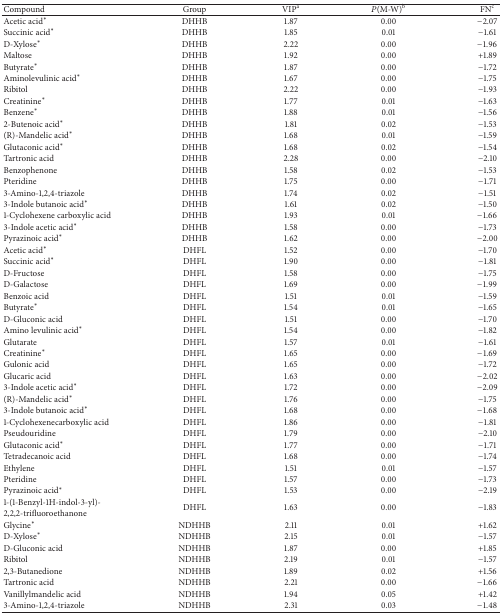
<table><thead><tr><td><b>Compound</b></td><td><b>Group</b></td><td><b>VIP<sup>a</sup></b></td><td><b><i>P</i>(M-W)<sup>b</sup></b></td><td><b>FN<sup>c</sup></b></td></tr></thead><tbody><tr><td>Acetic acid*</td><td>DHHB</td><td>1.87</td><td>0.00</td><td>−2.07</td></tr><tr><td>Succinic acid*</td><td>DHHB</td><td>1.85</td><td>0.01</td><td>−1.61</td></tr><tr><td>D-Xylose*</td><td>DHHB</td><td>2.22</td><td>0.00</td><td>−1.96</td></tr><tr><td>Maltose</td><td>DHHB</td><td>1.92</td><td>0.00</td><td>+1.89</td></tr><tr><td>Butyrate*</td><td>DHHB</td><td>1.87</td><td>0.00</td><td>−1.72</td></tr><tr><td>Aminolevulinic acid*</td><td>DHHB</td><td>1.67</td><td>0.00</td><td>−1.75</td></tr><tr><td>Ribitol</td><td>DHHB</td><td>2.22</td><td>0.00</td><td>−1.93</td></tr><tr><td>Creatinine*</td><td>DHHB</td><td>1.77</td><td>0.01</td><td>−1.63</td></tr><tr><td>Benzene*</td><td>DHHB</td><td>1.88</td><td>0.01</td><td>−1.56</td></tr><tr><td>2-Butenoic acid*</td><td>DHHB</td><td>1.81</td><td>0.02</td><td>−1.53</td></tr><tr><td>(R)-Mandelic acid*</td><td>DHHB</td><td>1.68</td><td>0.01</td><td>−1.59</td></tr><tr><td>Glutaconic acid*</td><td>DHHB</td><td>1.68</td><td>0.02</td><td>−1.54</td></tr><tr><td>Tartronic acid</td><td>DHHB</td><td>2.28</td><td>0.00</td><td>−2.10</td></tr><tr><td>Benzophenone</td><td>DHHB</td><td>1.58</td><td>0.02</td><td>−1.53</td></tr><tr><td>Pteridine</td><td>DHHB</td><td>1.75</td><td>0.00</td><td>−1.71</td></tr><tr><td>3-Amino-1,2,4-triazole</td><td>DHHB</td><td>1.74</td><td>0.02</td><td>−1.51</td></tr><tr><td>3-Indole butanoic acid*</td><td>DHHB</td><td>1.61</td><td>0.02</td><td>−1.50</td></tr><tr><td>1-Cyclohexene carboxylic acid</td><td>DHHB</td><td>1.93</td><td>0.01</td><td>−1.66</td></tr><tr><td>3-Indole acetic acid*</td><td>DHHB</td><td>1.58</td><td>0.00</td><td>−1.73</td></tr><tr><td>Pyrazinoic acid*</td><td>DHHB</td><td>1.62</td><td>0.00</td><td>−2.00</td></tr><tr><td>Acetic acid*</td><td>DHFL</td><td>1.52</td><td>0.00</td><td>−1.70</td></tr><tr><td>Succinic acid*</td><td>DHFL</td><td>1.90</td><td>0.00</td><td>−1.81</td></tr><tr><td>D-Fructose</td><td>DHFL</td><td>1.58</td><td>0.00</td><td>−1.75</td></tr><tr><td>D-Galactose</td><td>DHFL</td><td>1.69</td><td>0.00</td><td>−1.99</td></tr><tr><td>Benzoic acid</td><td>DHFL</td><td>1.51</td><td>0.01</td><td>−1.59</td></tr><tr><td>Butyrate*</td><td>DHFL</td><td>1.54</td><td>0.01</td><td>−1.65</td></tr><tr><td>D-Gluconic acid</td><td>DHFL</td><td>1.51</td><td>0.00</td><td>−1.70</td></tr><tr><td>Amino levulinic acid*</td><td>DHFL</td><td>1.54</td><td>0.00</td><td>−1.82</td></tr><tr><td>Glutarate</td><td>DHFL</td><td>1.57</td><td>0.01</td><td>−1.61</td></tr><tr><td>Creatinine*</td><td>DHFL</td><td>1.65</td><td>0.00</td><td>−1.69</td></tr><tr><td>Gulonic acid</td><td>DHFL</td><td>1.65</td><td>0.00</td><td>−1.72</td></tr><tr><td>Glucaric acid</td><td>DHFL</td><td>1.63</td><td>0.00</td><td>−2.02</td></tr><tr><td>3-Indole acetic acid*</td><td>DHFL</td><td>1.72</td><td>0.00</td><td>−2.09</td></tr><tr><td>(R)-Mandelic acid*</td><td>DHFL</td><td>1.76</td><td>0.00</td><td>−1.75</td></tr><tr><td>3-Indole butanoic acid*</td><td>DHFL</td><td>1.68</td><td>0.00</td><td>−1.68</td></tr><tr><td>1-Cyclohexenecarboxylic acid</td><td>DHFL</td><td>1.86</td><td>0.00</td><td>−1.81</td></tr><tr><td>Pseudouridine</td><td>DHFL</td><td>1.79</td><td>0.00</td><td>−2.10</td></tr><tr><td>Glutaconic acid*</td><td>DHFL</td><td>1.77</td><td>0.00</td><td>−1.71</td></tr><tr><td>Tetradecanoic acid</td><td>DHFL</td><td>1.68</td><td>0.00</td><td>−1.74</td></tr><tr><td>Ethylene</td><td>DHFL</td><td>1.51</td><td>0.01</td><td>−1.57</td></tr><tr><td>Pteridine</td><td>DHFL</td><td>1.57</td><td>0.00</td><td>−1.73</td></tr><tr><td>Pyrazinoic acid*</td><td>DHFL</td><td>1.53</td><td>0.00</td><td>−2.19</td></tr><tr><td>1-(1-Benzyl-1H-indol-3-yl)-</td><td rowspan="2">DHFL</td><td rowspan="2">1.63</td><td rowspan="2">0.00</td><td rowspan="2">−1.83</td></tr><tr><td>2,2,2-trifluoroethanone</td></tr><tr><td>Glycine*</td><td>NDHHB</td><td>2.11</td><td>0.01</td><td>+1.62</td></tr><tr><td>D-Xylose*</td><td>NDHHB</td><td>2.15</td><td>0.01</td><td>−1.57</td></tr><tr><td>D-Gluconic acid</td><td>NDHHB</td><td>1.87</td><td>0.00</td><td>+1.85</td></tr><tr><td>Ribitol</td><td>NDHHB</td><td>2.19</td><td>0.01</td><td>−1.57</td></tr><tr><td>2,3-Butanedione</td><td>NDHHB</td><td>1.89</td><td>0.02</td><td>+1.56</td></tr><tr><td>Tartronic acid</td><td>NDHHB</td><td>2.21</td><td>0.00</td><td>−1.66</td></tr><tr><td>Vanillylmandelic acid</td><td>NDHHB</td><td>1.94</td><td>0.05</td><td>+1.42</td></tr><tr><td>3-Amino-1,2,4-triazole</td><td>NDHHB</td><td>2.31</td><td>0.03</td><td>−1.48</td></tr></tbody></table>